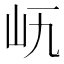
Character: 𡵐